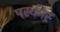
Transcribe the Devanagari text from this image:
परकीर